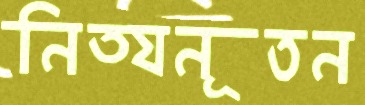
নিত্যনূতন